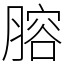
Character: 𦞳